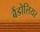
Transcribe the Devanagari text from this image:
बैंडोलियर